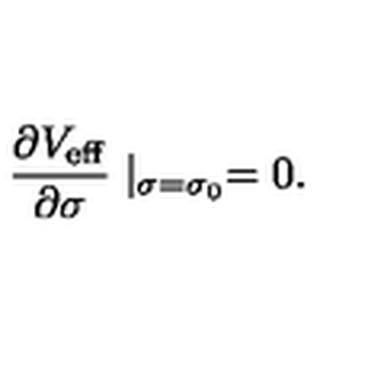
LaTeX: { \frac { \partial V _ { \mathrm { e f f } } } { \partial \sigma } } \mid _ { \sigma = \sigma _ { 0 } } = 0 .